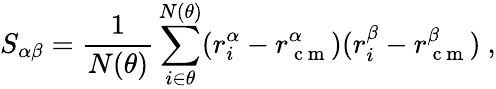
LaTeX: S_{\alpha\beta}={\frac{1}{N(\theta)}}\sum_{i\in\theta}^{N(\theta)}(r_{i}^{\alpha}-r_{\mathrm{~c~m~}}^{\alpha})(r_{i}^{\beta}-r_{\mathrm{~c~m~}}^{\beta})~,